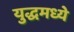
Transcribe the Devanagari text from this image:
युद्धमध्ये